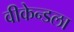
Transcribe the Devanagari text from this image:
वीकेन्डला